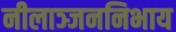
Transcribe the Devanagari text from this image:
नीलाञ्जननिभाय